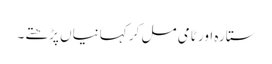
ستارہ اور ٹامی مل کر کہانیاں پڑھتے۔